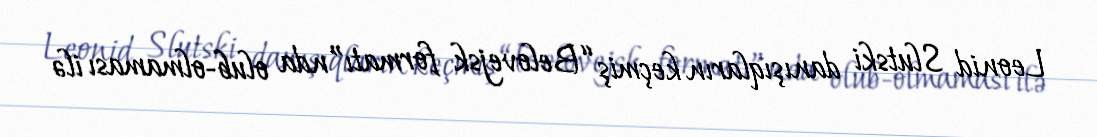
Leonid Slutski danışıqların keçmiş “Belovejsk formatı”nda olub-olmaması ilə